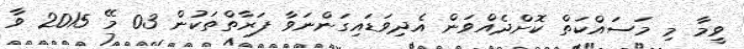
ވީމާ މި މަސައްކަތް ކޮށްދެއްވަން އެދިވަޑައިގަންނަވާ ފަރާތްތަކުން 03 މޭ 2015 ވާ